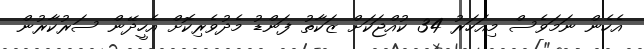
އެހެން ނަމަވެސް މިއަހަރު 34 ކުއްޖަކަށް ޒަކާތު ފަންޑު މެދުވެރިކޮށް އެހީދޭން ސަރުކާރުން